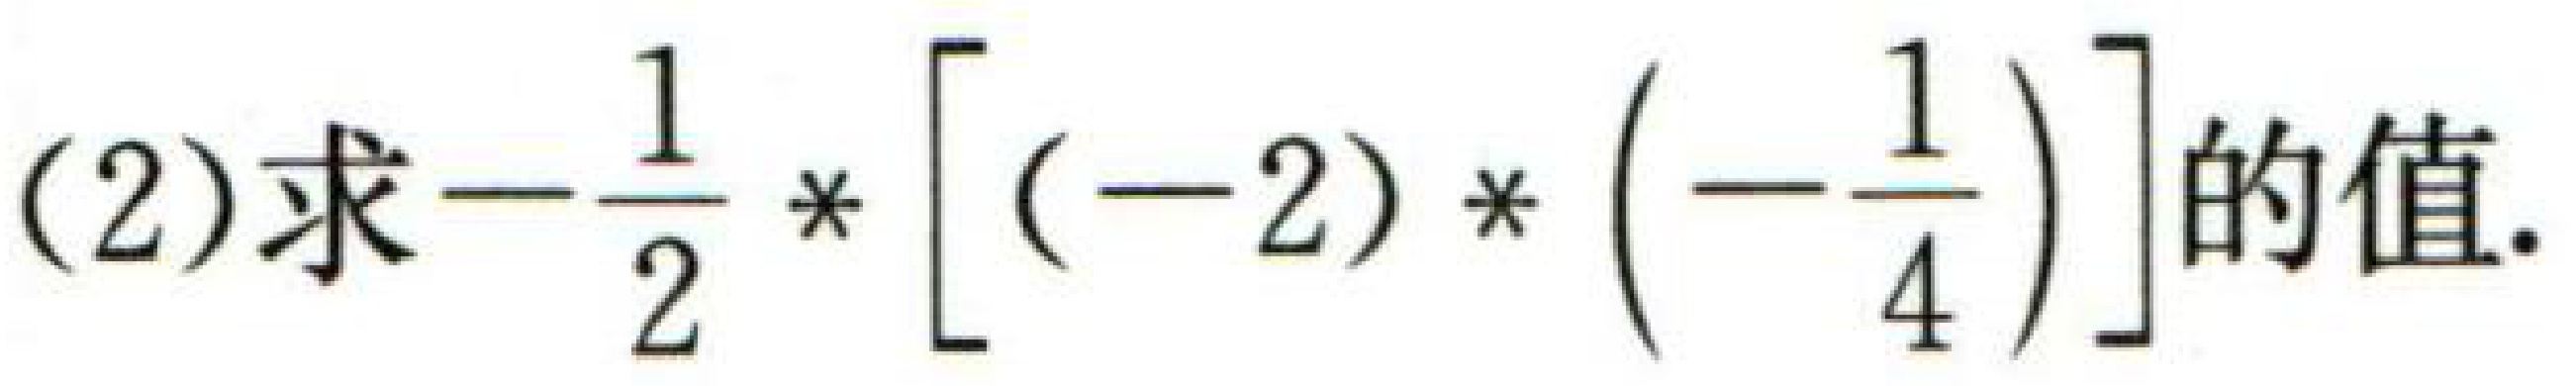
(2)求\(-\dfrac{1}{2}* \left[(-2)*\left(-\dfrac{1}{4}\right)\right]\)的值.